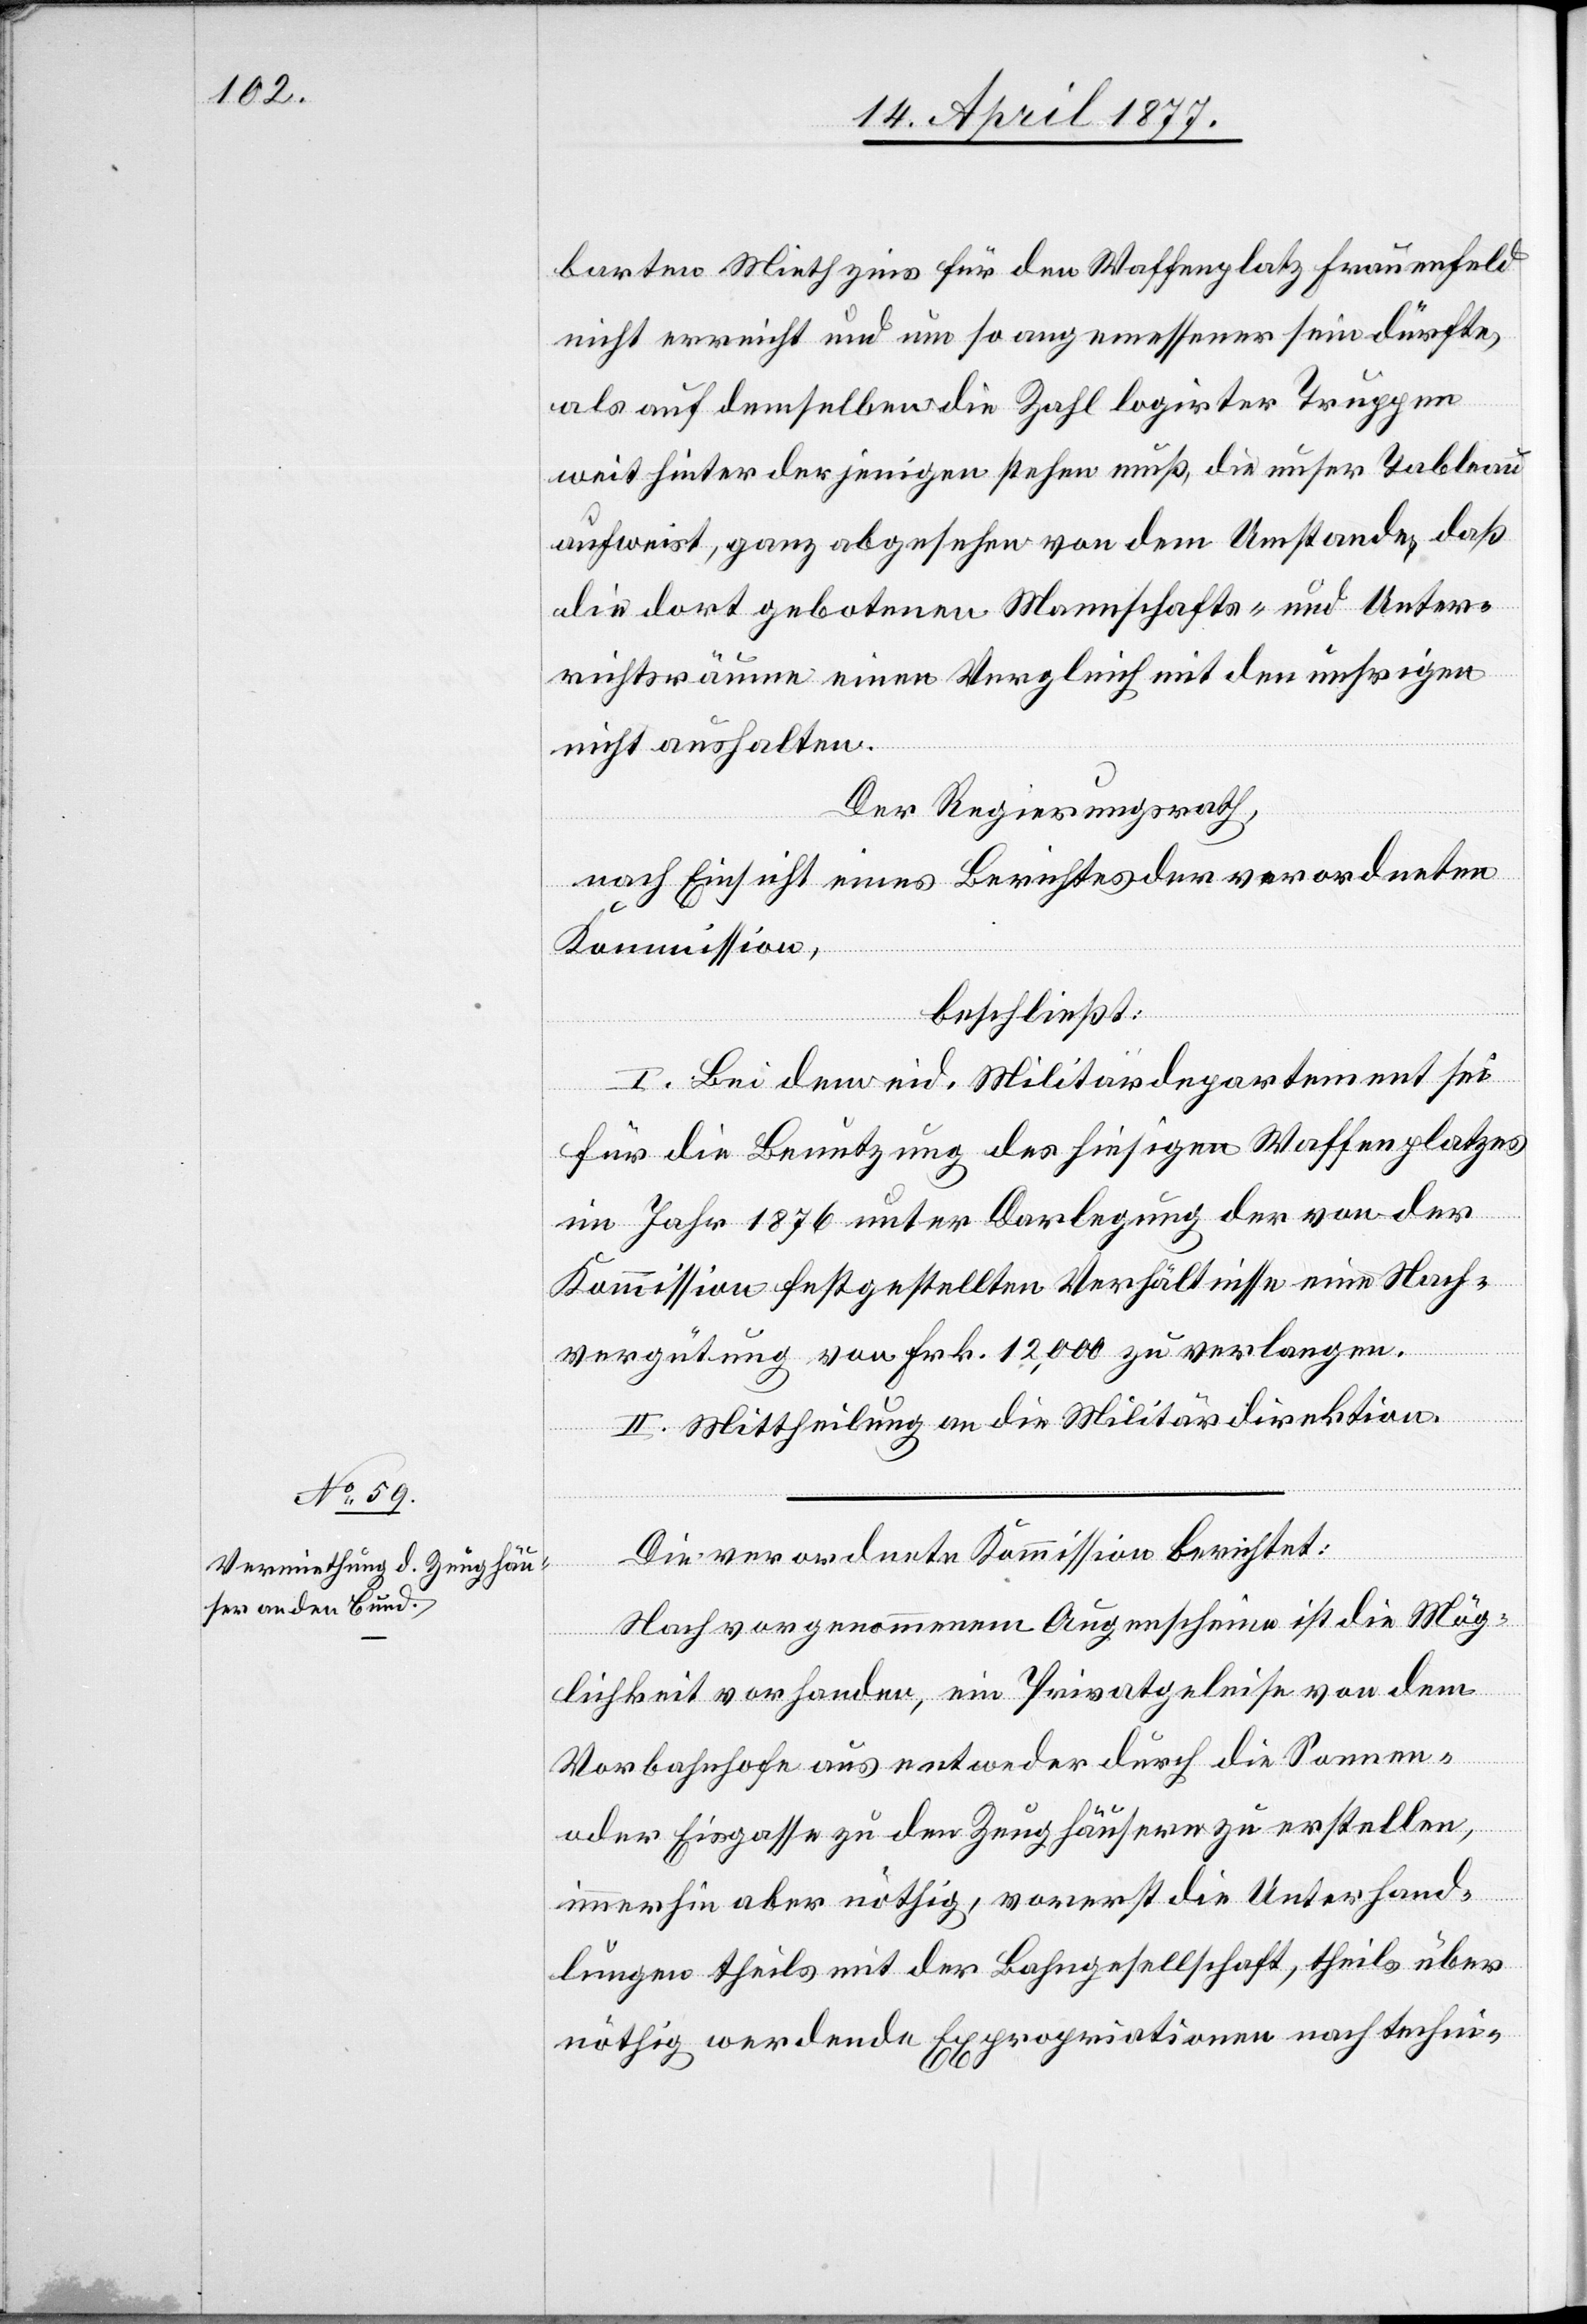
barten Miethzins für den Waffenplatz Frauenfeld
nicht erreicht und um so angemessener sein dürfte,
als auf demselben die Zahl logirter Truppen
weit hinter derjenigen stehen muß, die unser Tableau
aufweist, ganz abgesehen von dem Umstande, daß
die dort gebotenen Mannschafts- und Unter¬
richtsräume einen Vergleich mit den unsrigen
nicht aushalten.
Der Regierungsrath,
nach Einsicht eines Berichtes der verordneten
Kommission,
beschließt:
I. Bei dem eid. Militärdepartement sei
für die Benutzung des hiesigen Waffenplatzes
im Jahr 1876 unter Darlegung der von der
Kommission festgestellten Verhältnisse eine Nach¬
vergütung von Frk. 12,000 zu verlangen.
II. Mittheilung an die Militärdirektion.
Die verordnete Kommission berichtet:
Nach vorgenommenem Augenscheine ist die Mög¬
lichkeit vorhanden, ein Privatgeleise von dem
Vorbahnhofe aus entweder durch die Sonnen-
oder Eisgasse zu den Zeughäusern zu erstellen,
immerhin aber nöthig, vorerst die Unterhand¬
lungen theils mit der Bahngesellschaft, theils über
nöthig werdende Expropriationen nach techni-